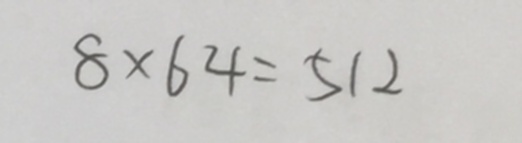
8 \times 6 4 = 5 1 2